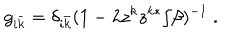
LaTeX: g _ { i \bar { k } } = \delta _ { i \bar { k } } ( 1 - 2 z ^ { k } z ^ { k * } / \beta ) ^ { - 1 } \ .